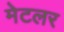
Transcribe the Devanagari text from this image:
मेटलर